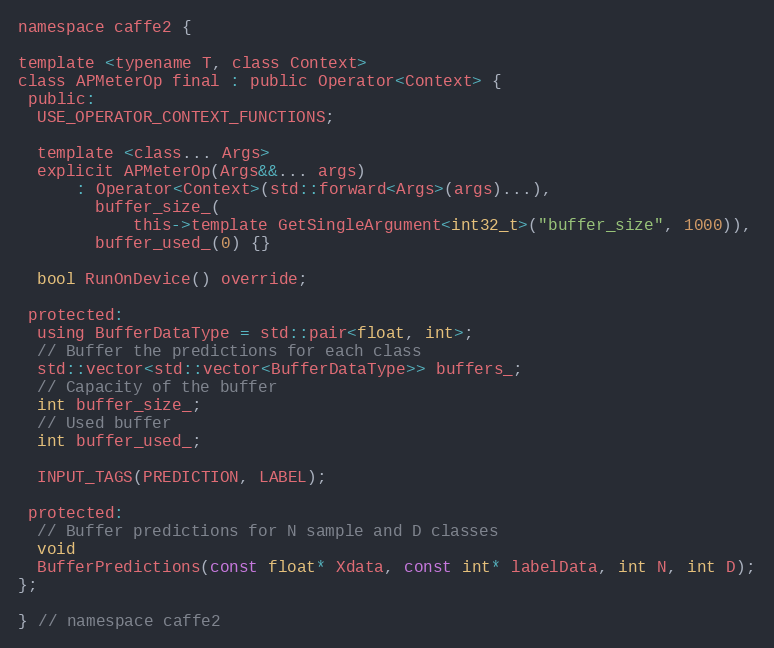
Language: C
namespace caffe2 {

template <typename T, class Context>
class APMeterOp final : public Operator<Context> {
 public:
  USE_OPERATOR_CONTEXT_FUNCTIONS;

  template <class... Args>
  explicit APMeterOp(Args&&... args)
      : Operator<Context>(std::forward<Args>(args)...),
        buffer_size_(
            this->template GetSingleArgument<int32_t>("buffer_size", 1000)),
        buffer_used_(0) {}

  bool RunOnDevice() override;

 protected:
  using BufferDataType = std::pair<float, int>;
  // Buffer the predictions for each class
  std::vector<std::vector<BufferDataType>> buffers_;
  // Capacity of the buffer
  int buffer_size_;
  // Used buffer
  int buffer_used_;

  INPUT_TAGS(PREDICTION, LABEL);

 protected:
  // Buffer predictions for N sample and D classes
  void
  BufferPredictions(const float* Xdata, const int* labelData, int N, int D);
};

} // namespace caffe2